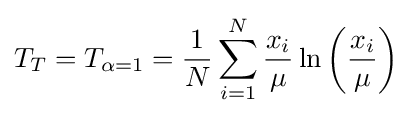
T_{T}=T_{\alpha =1}={\frac {1}{N}}\sum _{i=1}^{N}{\frac {x_{i}}{\mu }}\ln \left({\frac {x_{i}}{\mu }}\right)